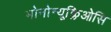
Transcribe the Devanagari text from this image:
मोनोन्यूक्लिओसि